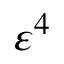
\varepsilon ^ { 4 }